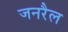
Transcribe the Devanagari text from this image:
जनरैल